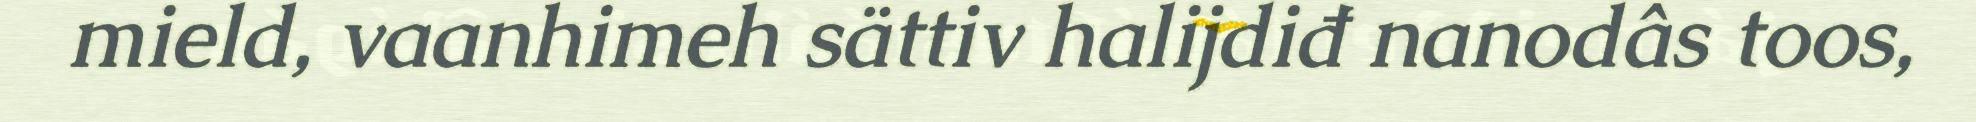
mield, vaanhimeh sättiv halijdiđ nanodâs toos,